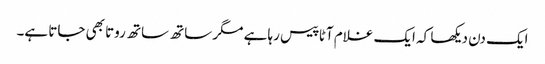
ایک دن دیکھا کہ ایک غلام آٹا پیس رہا ہے مگر ساتھ ساتھ روتا بھی جاتا ہے۔